Indian journal of veterinary science and animal husbandry - Volume 10,
Year: 1940
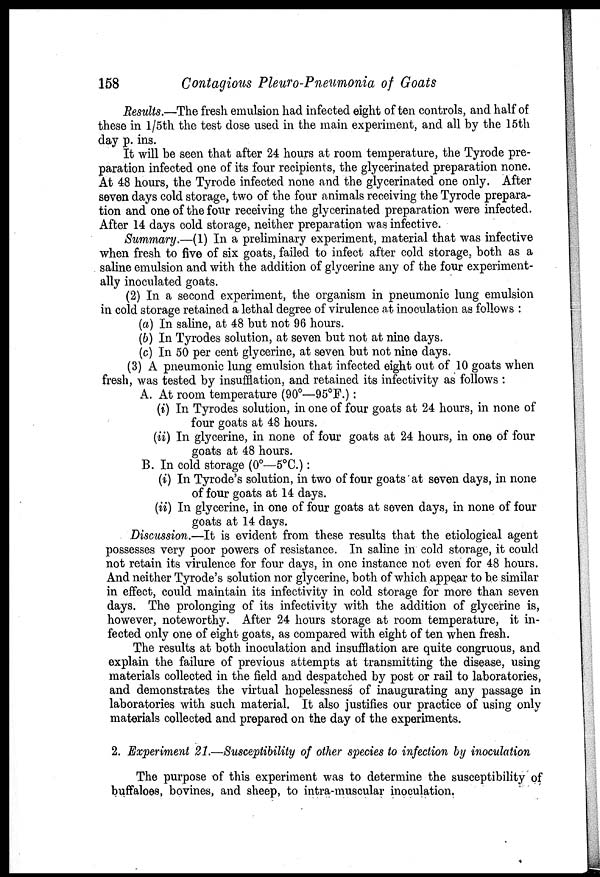
158
Contagious Pleuro-pneumonia of Goats
Results.—The fresh emulsion had infected eight of ten controls, and half of
these in 1/5th the test dose used in the main experiment, and all by the 15th
day p. ins.
It will be seen that after 24 hours at room temperature, the Tyrode pre-
paration infected one of its four recipients, the glycerinated preparation none.
At 48 hours, the Tyrode infected none and the glycerinated one only. After
seven days cold storage, two of the four animals receiving the Tyrode prepara-
tion and one of the four receiving the glycerinated preparation were infected.
After 14 days cold storage, neither preparation was infective.
Summary.—(1) In a preliminary experiment, material that was infective
when fresh to five of six goats, failed to infect after cold storage, both as a
saline emulsion and with the addition of glycerine any of the four experiment-
ally inoculated goats.
(2) In a second experiment, the organism in pneumonic lung emulsion
in cold storage retained a lethal degree of virulence at inoculation as follows :
(a) In saline, at 48 but not 96 hours.
(b) In Tyrodes solution, at seven but not at nine days.
(c) In 50 per cent glycerine, at seven but not nine days.
(3) A pneumonic lung emulsion that infected eight out of 10 goats when
fresh, was tested by insufflation, and retained its infectivity as follows :
A. At room temperature (90°—95°F.):
(i) In Tyrodes solution, in one of four goats at 24 hours, in none of
four goats at 48 hours.
(ii) In glycerine, in none of four goats at 24 hours, in one of four
goats at 48 hours.
B. In cold storage (0°—5°C.):
(i) In Tyrode's solution, in two of four goats at seven days, in none
of four goats at 14 days.
(ii) In glycerine, in one of four goats at seven days, in none of four
goats at 14 days.
Discussion.—It is evident from these results that the etiological agent
possesses very poor powers of resistance. In saline in cold storage, it could
not retain its virulence for four days, in one instance not even for 48 hours.
And neither Tyrode's solution nor glycerine, both of which appear to be similar
in effect, could maintain its infectivity in cold storage for more than seven
days. The prolonging of its infectivity with the addition of glycerine is,
however, noteworthy. After 24 hours storage at room temperature, it in-
fected only one of eight goats, as compared with eight of ten when fresh.
The results at both inoculation and insufflation are quite congruous, and
explain the failure of previous attempts at transmitting the disease, using
materials collected in the field and despatched by post or rail to laboratories,
and demonstrates the virtual hopelessness of inaugurating any passage in
laboratories with such material. It also justifies our practice of using only
materials collected and prepared on the day of the experiments.
2. Experiment 21.—Susceptibility of other species to infection by inoculation
The purpose of this experiment was to determine the susceptibility of
buffaloes, bovines, and sheep, to intra-muscular inoculation.